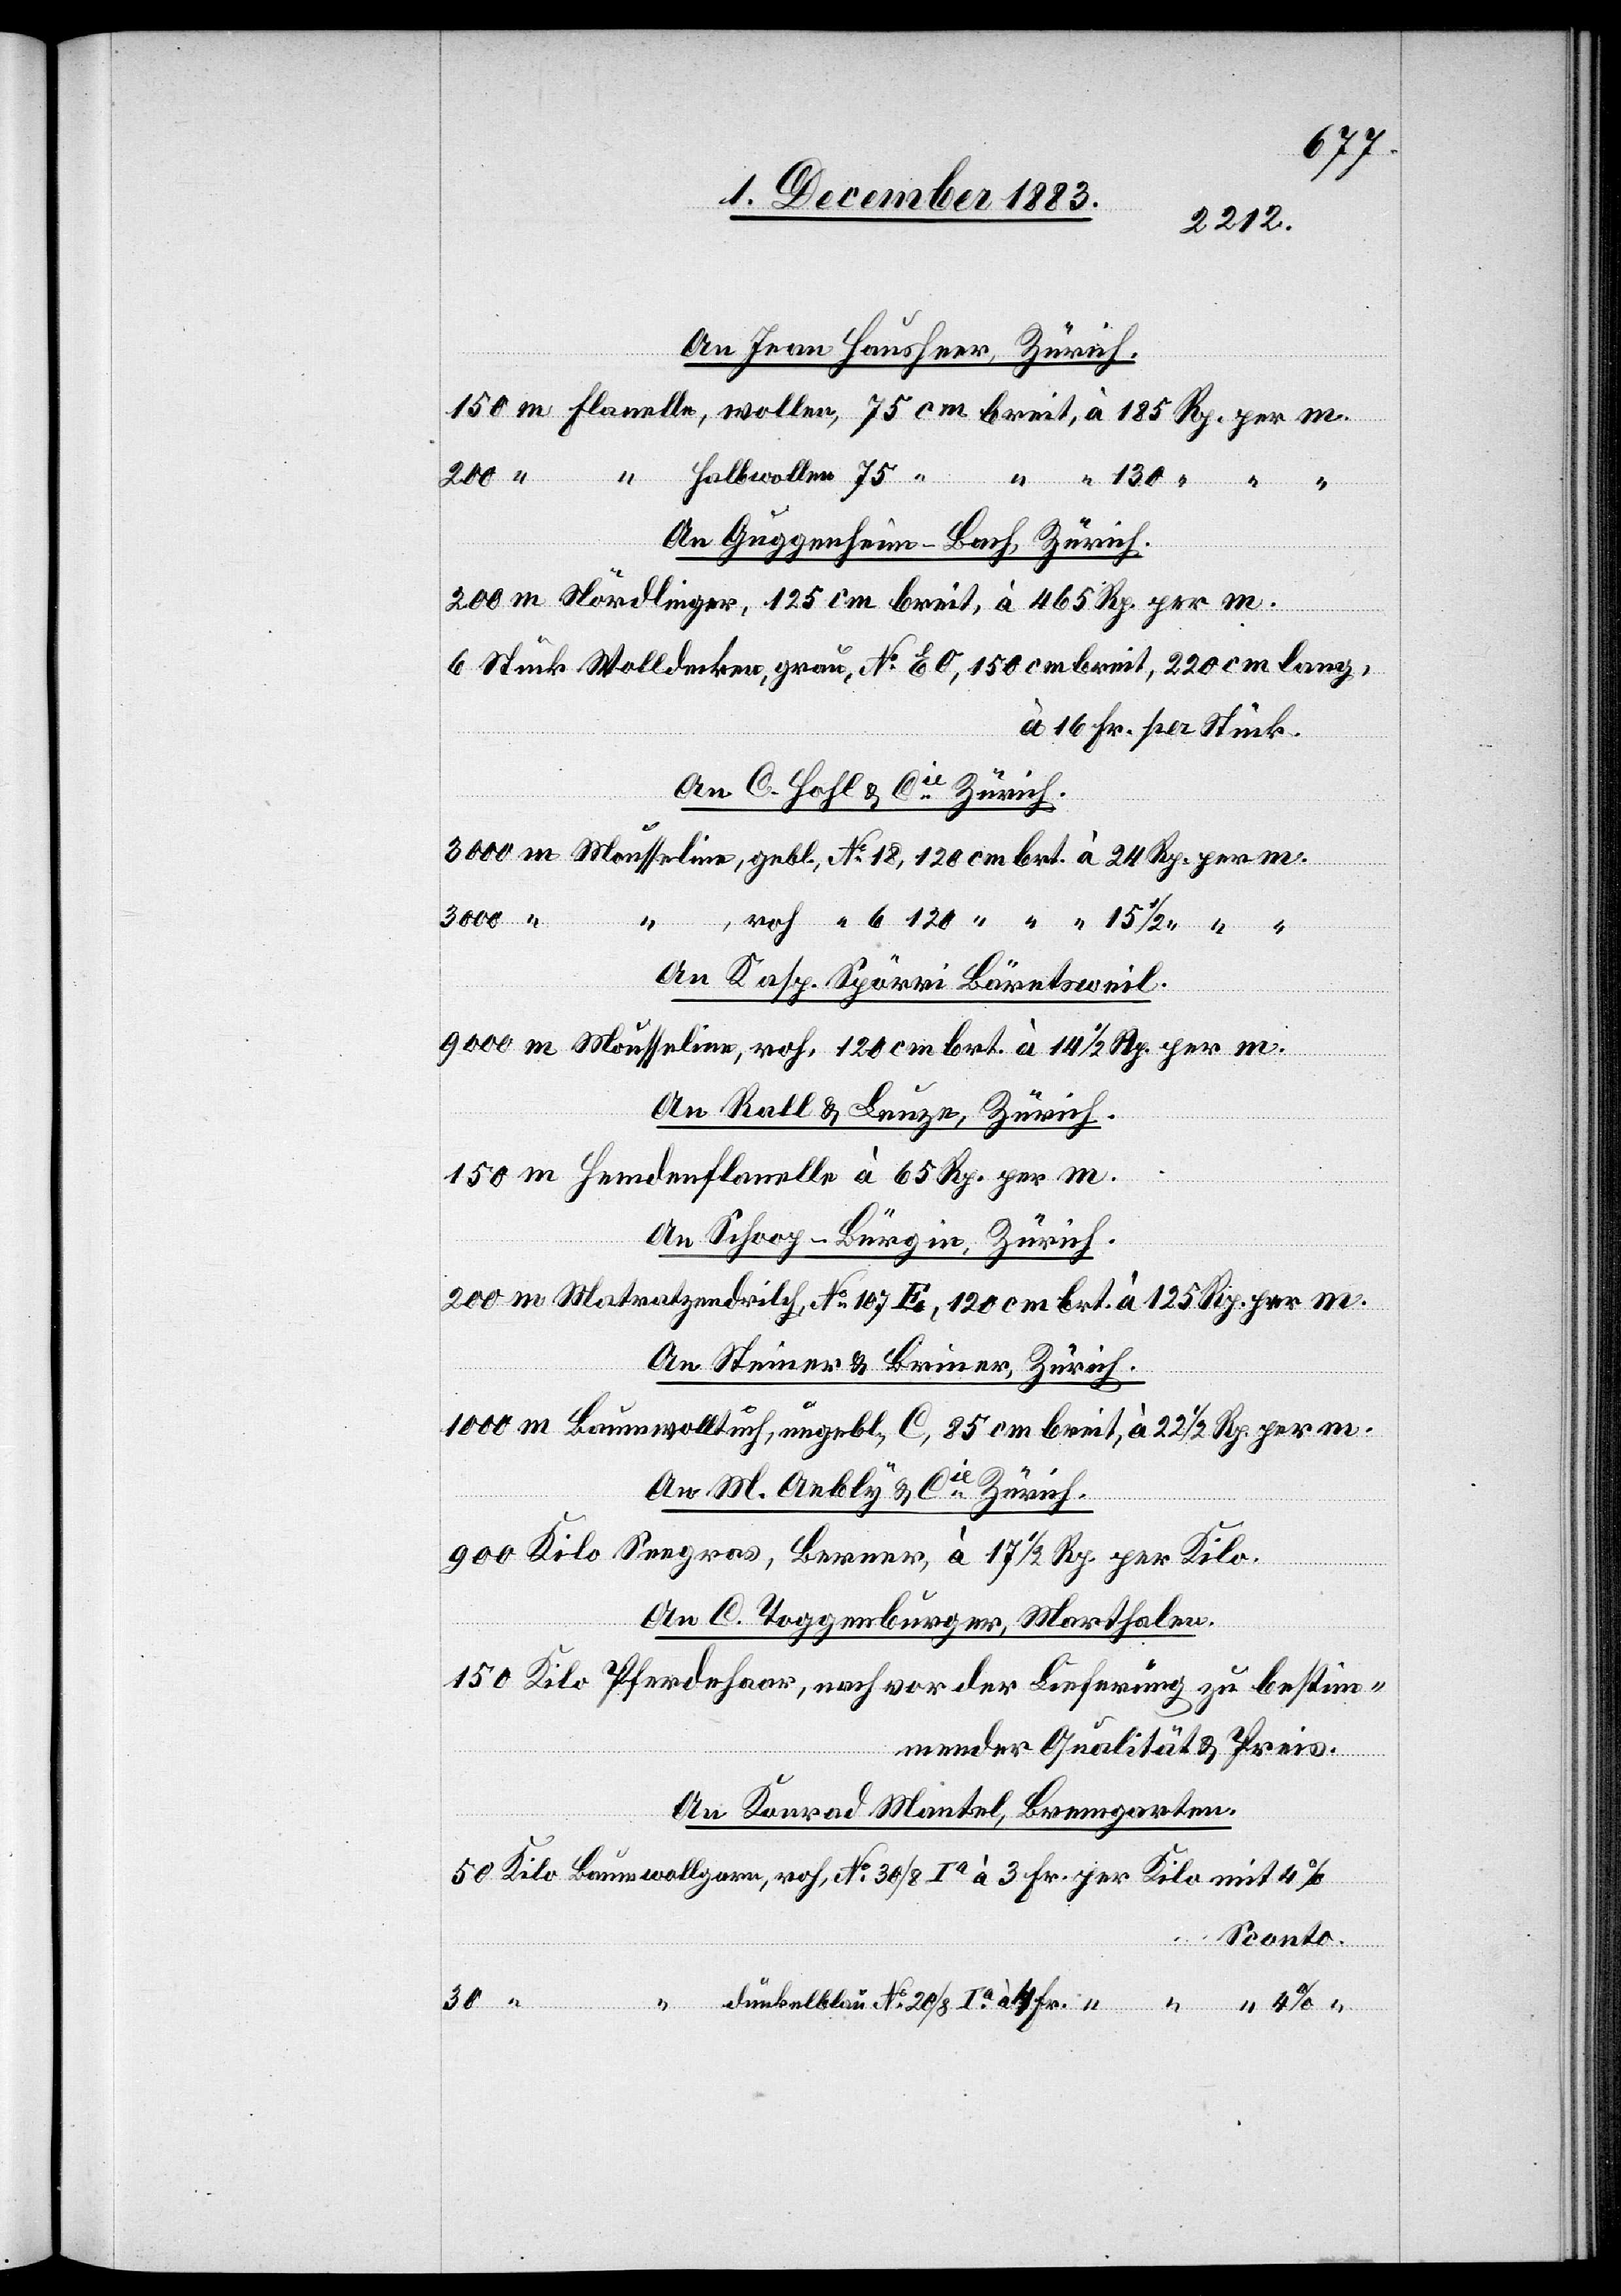
17
22 1/2
An Jean Hausheer, Zürich.
220 cm
An Guggenheim-Bach, Zürich.
An C. Hohl & Cie, Zürich.
An Kasp. Spörri Bäretsweil.
An Rall & Leuze, Zürich.
Kilo
An Schoop-Bürgin, Zürich.
An Steiner & Briner, Zürich.
An M. Aebly & Cie, Zürich.
An C. Toggenburger, Marthalen.
Pferdehaar, nach vor der Lieferung zu bestim¬
mender Qualität und Preis.
An Konrad Mantel, Bremgarten.
Baumwollgarn, roh, No 30/8 Ia à 3 Fr. per Kilo mit 4%
Sconto.
30
“ dunkelblau No 20/8 Ia à 4 Fr. “ “ “ 4% “